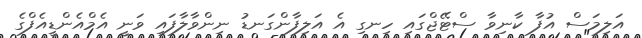
އަލިމަސް އުފާ ކާނިވާ ސްޓޭޖްގައި ހިނގި އެ އަލިފާންގަނޑު ނިންވާލާފައި ވަނީ އެމްއެންޑީއެފްގެ